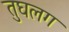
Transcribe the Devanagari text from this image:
तुघलग